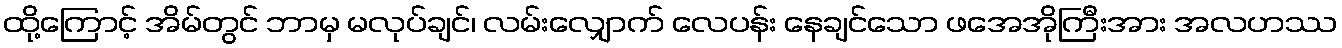
ထို့ကြောင့် အိမ်တွင် ဘာမှ မလုပ်ချင်၊ လမ်းလျှောက် လေပန်း နေချင်သော ဖအေအိုကြီးအား အလဟဿ